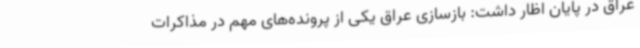
عراق در پایان اظار داشت: بازسازی عراق یکی از پرونده‌های مهم در مذاکرات